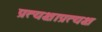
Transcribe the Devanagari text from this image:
प्रत्यक्षाप्रत्यक्ष